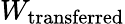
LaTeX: W_{\mathrm{transferred}}